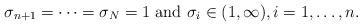
LaTeX: \begin{align*} \sigma_{n+1} = \cdots = \sigma_{N} = 1 \ \mathrm{and} \ \sigma_i \in (1,\infty), i= 1, \ldots, n. \end{align*}